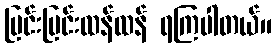
ပြင်းပြင်းထန်ထန် ရကြပါတယ်။